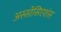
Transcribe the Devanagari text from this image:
अस्सोसिएशंस